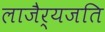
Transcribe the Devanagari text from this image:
लाजैर्यजति